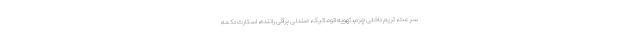
سرعت، تریم داخلی چرم، تهویه اتوماتیک، صندلی برقی راننده، استارت دکمه